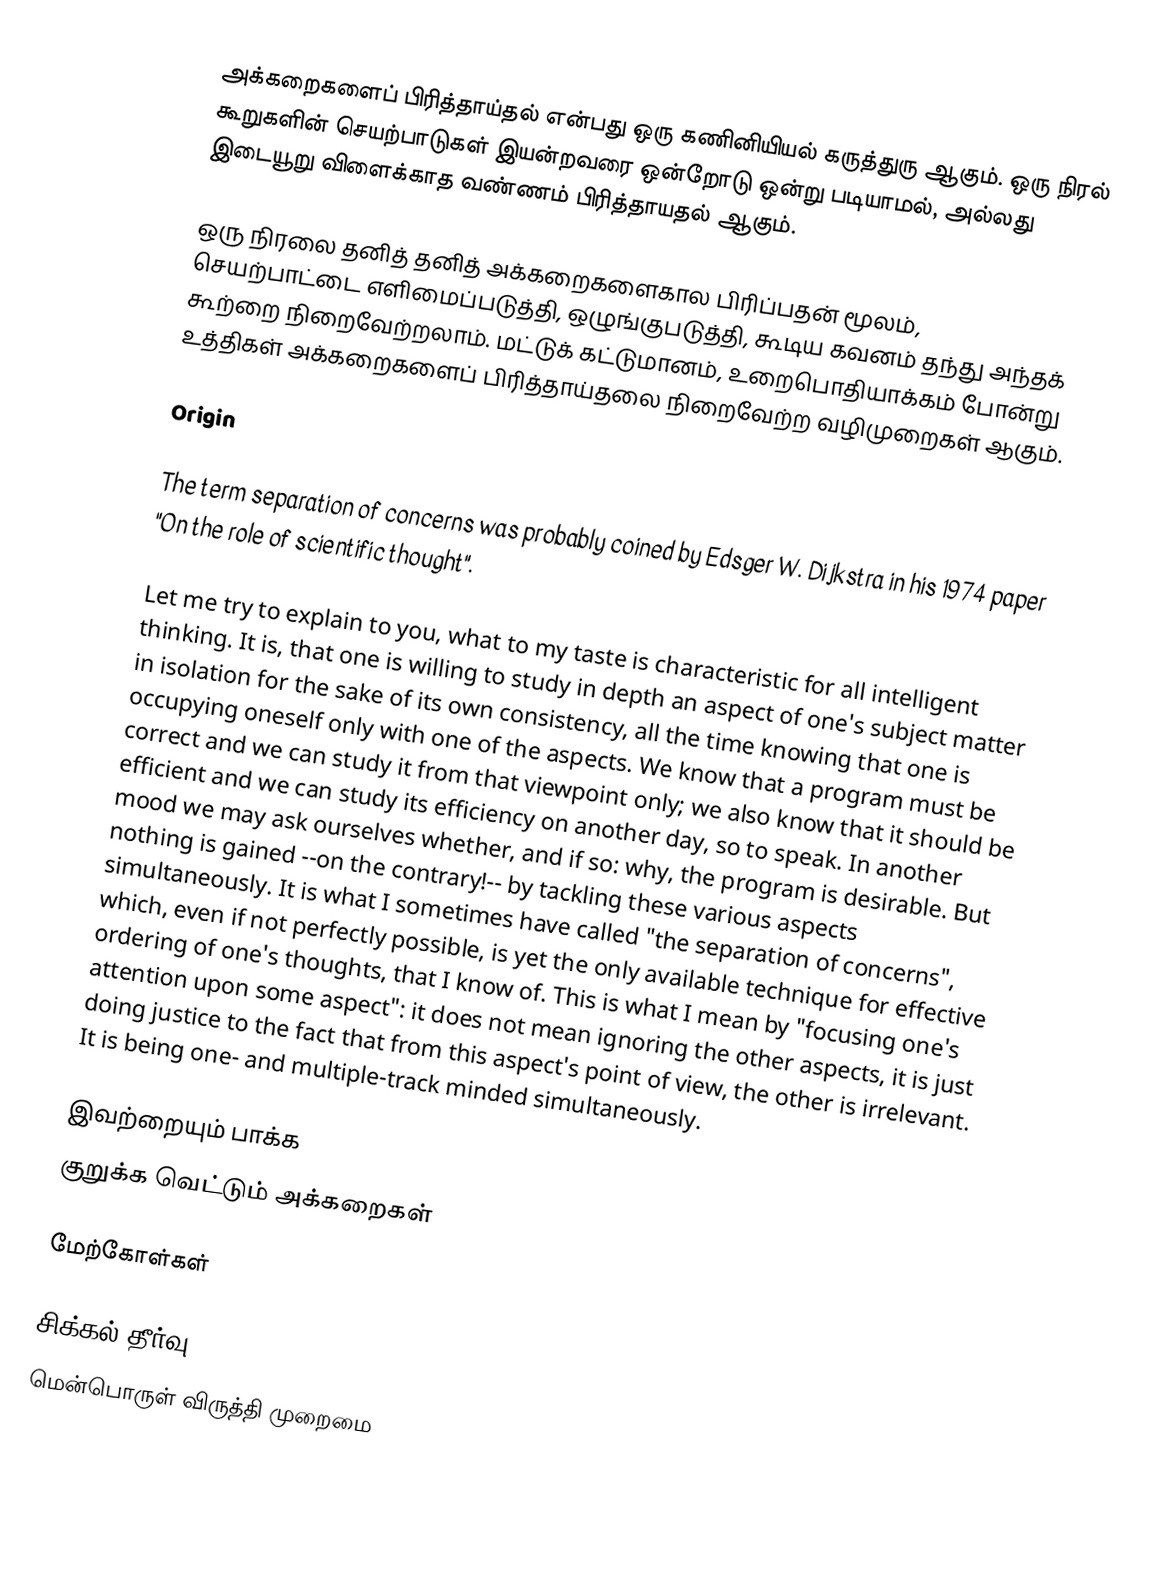
அக்கறைகளைப் பிரித்தாய்தல் என்பது ஒரு கணினியியல் கருத்துரு ஆகும்.  ஒரு நிரல் கூறுகளின் செயற்பாடுகள் இயன்றவரை ஒன்றோடு ஒன்று படியாமல், அல்லது இடையூறு விளைக்காத வண்ணம் பிரித்தாயதல் ஆகும்.

ஒரு நிரலை தனித் தனித் அக்கறைகளைகால பிரிப்பதன் மூலம், செயற்பாட்டை எளிமைப்படுத்தி, ஒழுங்குபடுத்தி, கூடிய கவனம் தந்து அந்தக் கூற்றை நிறைவேற்றலாம்.  மட்டுக் கட்டுமானம், உறைபொதியாக்கம் போன்று உத்திகள் அக்கறைகளைப் பிரித்தாய்தலை நிறைவேற்ற வழிமுறைகள் ஆகும்.

Origin

The term separation of concerns was probably coined by Edsger W. Dijkstra in his 1974 paper "On the role of scientific thought".

Let me try to explain to you, what to my taste is characteristic for all intelligent thinking. It is, that one is willing to study in depth an aspect of one's subject matter in isolation for the sake of its own consistency, all the time knowing that one is occupying oneself only with one of the aspects. We know that a program must be correct and we can study it from that viewpoint only; we also know that it should be efficient and we can study its efficiency on another day, so to speak. In another mood we may ask ourselves whether, and if so: why, the program is desirable. But nothing is gained --on the contrary!-- by tackling these various aspects simultaneously. It is what I sometimes have called "the separation of concerns", which, even if not perfectly possible, is yet the only available technique for effective ordering of one's thoughts, that I know of. This is what I mean by "focusing one's attention upon some aspect": it does not mean ignoring the other aspects, it is just doing justice to the fact that from this aspect's point of view, the other is irrelevant. It is being one- and multiple-track minded simultaneously.

இவற்றையும் பாக்க
 குறுக்க வெட்டும் அக்கறைகள்

மேற்கோள்கள்

சிக்கல் தீர்வு
மென்பொருள் விருத்தி முறைமை